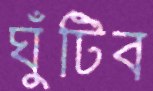
ঘুঁটিব